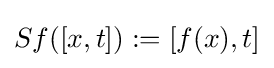
Sf([x,t]):=[f(x),t]